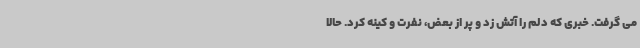
می گرفت. خبری که دلم را آتش زد و پر از بعض، نفرت و کینه کرد. حالا